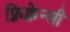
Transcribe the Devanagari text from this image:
फ़्रिक्वेन्सी